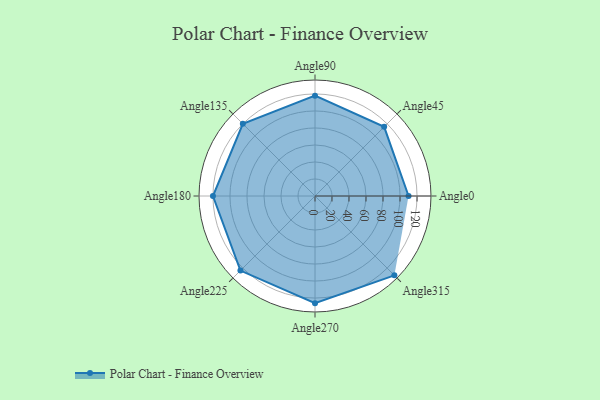
{"axis": {"x": "Angle", "y": "Radius"}, "legend": [""], "data": [{"x": "Angle0", "y": 110.0, "type": ""}, {"x": "Angle45", "y": 115.0, "type": ""}, {"x": "Angle90", "y": 118.0, "type": ""}, {"x": "Angle135", "y": 120.0, "type": ""}, {"x": "Angle180", "y": 120.0, "type": ""}, {"x": "Angle225", "y": 124.0, "type": ""}, {"x": "Angle270", "y": 126.0, "type": ""}, {"x": "Angle315", "y": 132.0, "type": ""}]}